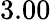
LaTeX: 3.00